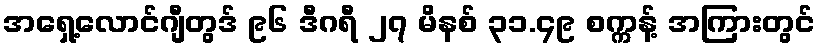
အရှေ့လောင်ဂျီတွဒ် ၉၆ ဒီဂရီ ၂၇ မိနစ် ၃၁.၄၉ စက္ကန့် အကြားတွင်